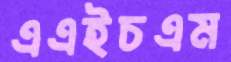
এএইচএম